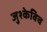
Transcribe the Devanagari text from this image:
जुश्केविच